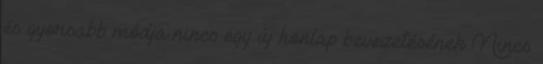
és gyorsabb módja nincs egy új honlap bevezetésének Nincs